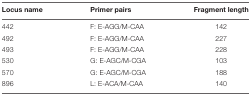
<table><thead><tr><td><b>Locus name</b></td><td><b>Primer pairs</b></td><td><b>Fragment length</b></td></tr></thead><tbody><tr><td>442</td><td>F: E-AGG/M-CAA</td><td>142</td></tr><tr><td>492</td><td>F: E-AGG/M-CAA</td><td>227</td></tr><tr><td>493</td><td>F: E-AGG/M-CAA</td><td>228</td></tr><tr><td>530</td><td>G: E-AGC/M-CGA</td><td>103</td></tr><tr><td>570</td><td>G: E-AGC/M-CGA</td><td>188</td></tr><tr><td>896</td><td>L: E-ACA/M-CAA</td><td>140</td></tr></tbody></table>